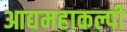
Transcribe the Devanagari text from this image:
आद्यमहाकल्पी